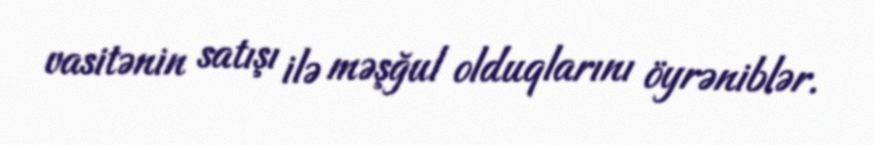
vasitənin satışı ilə məşğul olduqlarını öyrəniblər.